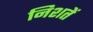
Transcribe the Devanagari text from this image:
निशतें